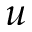
u